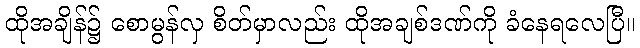
ထိုအချိန်၌ စောမွန်လှ စိတ်မှာလည်း ထိုအချစ်ဒဏ်ကို ခံနေရလေပြီ။